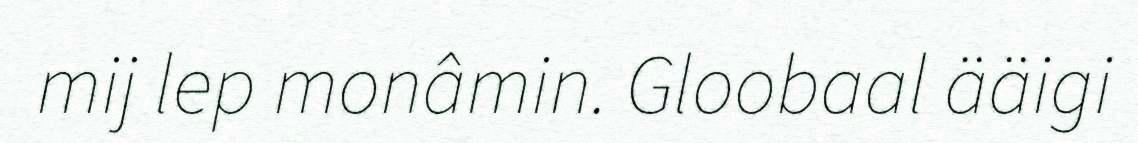
mij lep monâmin. Gloobaal ääigi